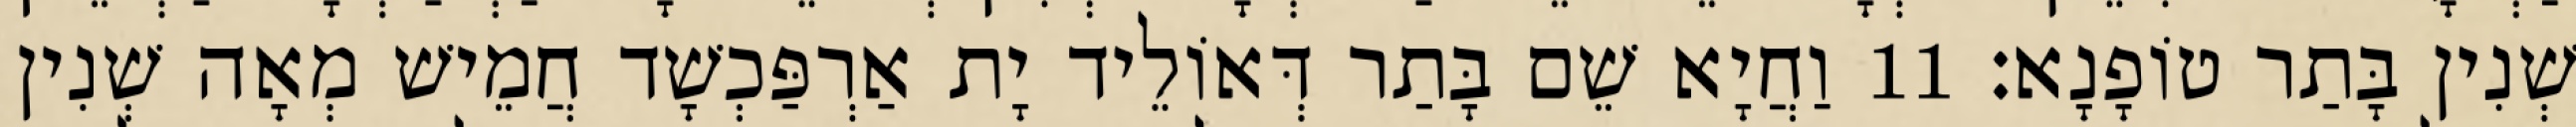
שְׁנִין בָּתַר טוֹפָנָא׃ 11 וַחֲיָא שֵׁם בָּתַר דְּאוֹלֵיד יָת אַרְפַּכְשָׁד חֲמֵישׁ מְאָה שְׁנִין